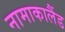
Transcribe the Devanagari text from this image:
नामाकालैंड